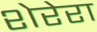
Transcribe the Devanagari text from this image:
शेरेरा